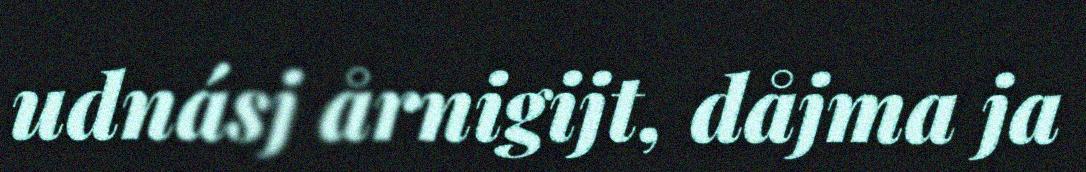
udnásj årnigijt, dåjma ja